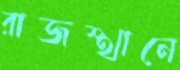
রাজস্থানে